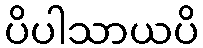
ပိပါသာယပိ